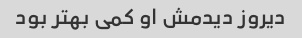
دیروز دیدمش او کمی بهتر بود